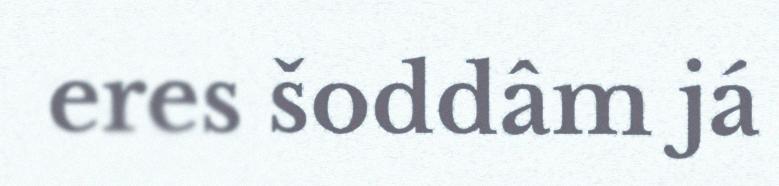
eres šoddâm já